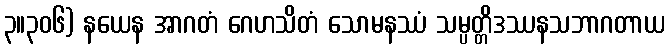
၃။၃၀၆) နယေန အာဂတံ ဂေဟသိတံ သောမနဿံ သမ္ပတ္တိဒဿနသဘာဂတာယ